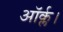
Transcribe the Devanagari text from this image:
ऑर्क्ल।